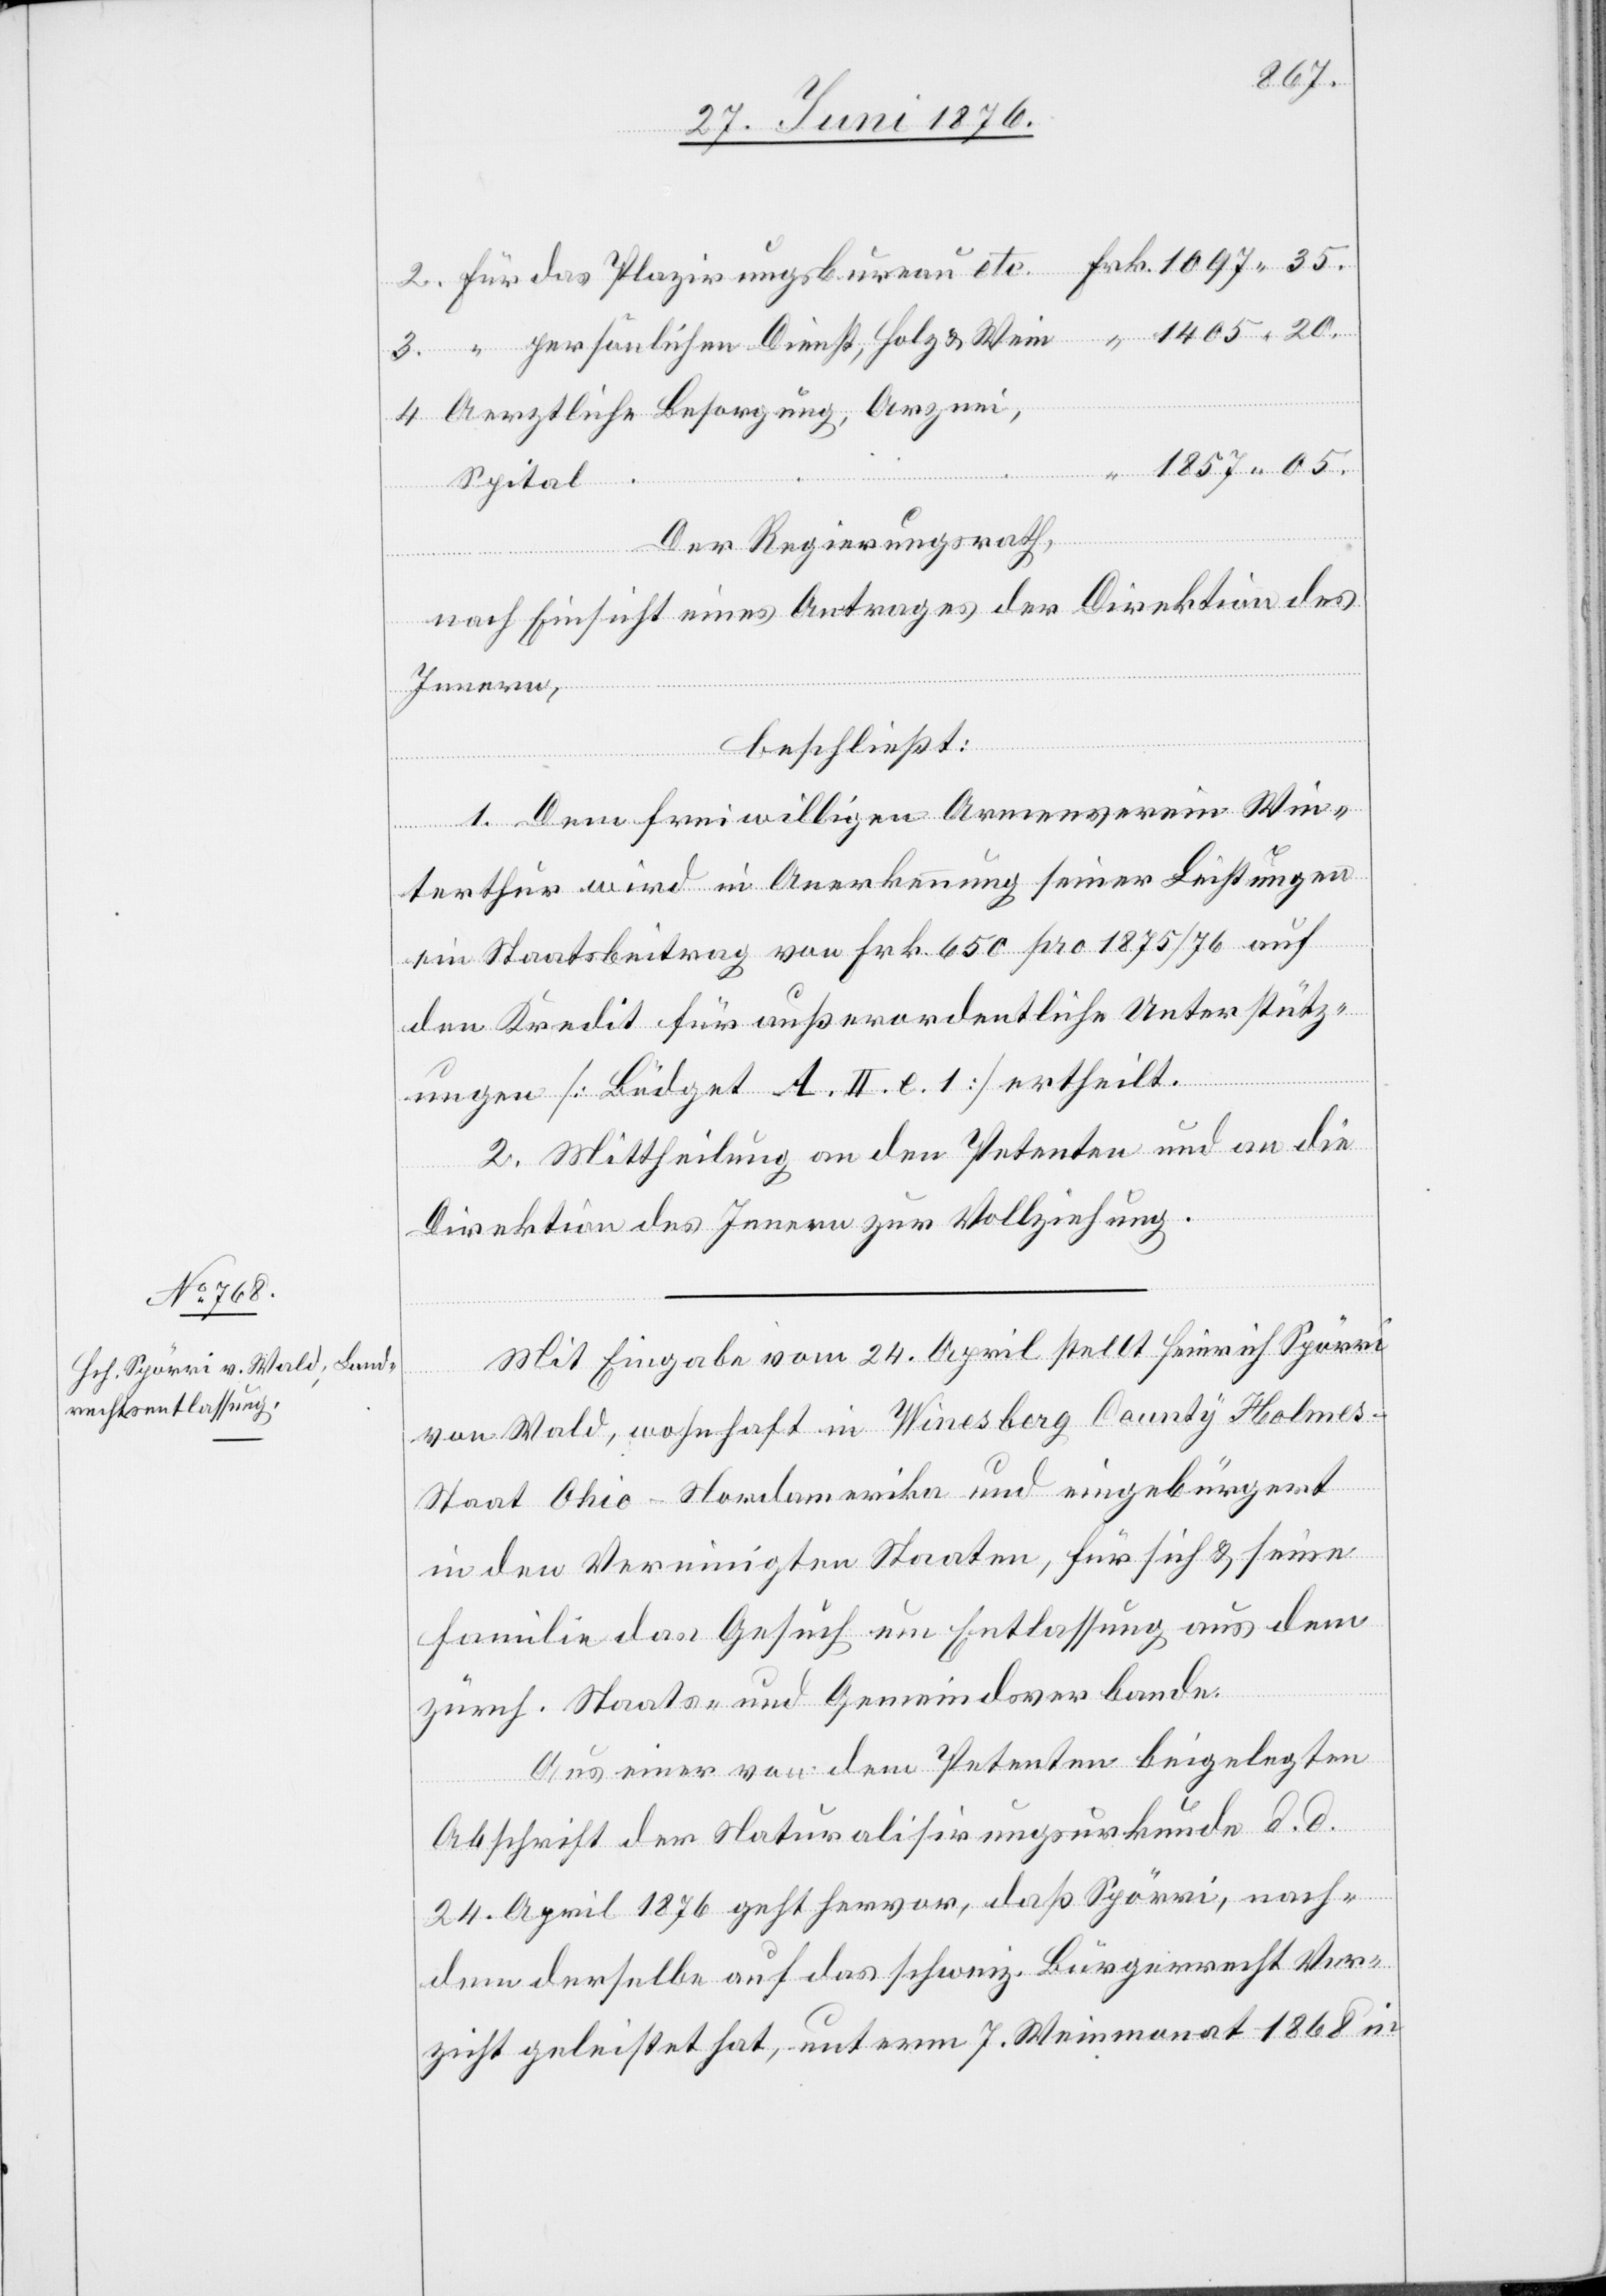
Aerztliche Besorgung, Arznei,
Spital
Der Regierungsrath,
4.
nach Einsicht eines Antrages der Direktion des
Innern,
beschließt:
1. Dem freiwilligen Armenverein Win¬
Wein
terthur wird in Anerkennung seiner Leistungen
ein Staatsbeitrag von Frk. 650 pro 1875/76 auf
den Kredit für außerordentliche Unterstütz¬
ungen [Büdget A. II: e. 1] ertheilt.
2. Mittheilung an den Petenten und an die
Direktion des Innern zur Vollziehung.
Mit Eingabe vom 24. April stellt Heinrich Spörri
von Wald, wohnhaft in Winesberg County Holme¬
s-Staat Ohio - Nordamerika und eingebürgert
in den Vereinigten Staaten, für sich & seine
Familie das Gesuch um Entlassung aus dem
zürch. Staats- und Gemeindsverbande.
Aus einer von dem Petenten beigelegten
Abschrift der Naturalisirungsurkunde d. d.
24. April 1876 geht hervor, daß Spörri, nach¬
dem derselbe auf das schweiz. Bürgerrecht Ver¬
zicht geleistet hat, unterm 7. Weinmonat 1868 in